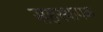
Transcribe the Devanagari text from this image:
सहस्थापक